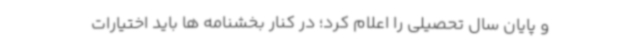
و پایان سال تحصیلی را اعلام کرد؛ در کنار بخشنامه ها باید اختیارات